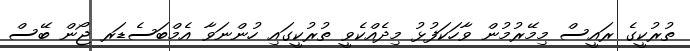
ތުރުކީގެ ރައީސް މިމޭރުމުން ވާހަކަފުޅު މިދެއްކެވީ ތުރުކީގައި ހުންނަވާ އެމްބަސެޑަރ ޖޯން ބޭސް